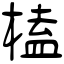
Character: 榼